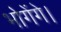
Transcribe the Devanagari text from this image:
भोगेंगे।